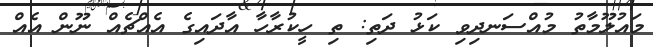
މައުލޫމާތު މުއްސަނދިވި ކަޅު ދަތި: ތި ހީކުރާހާ އާދައިގެ އެއްޗެއް ނޫން އެއް